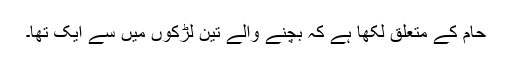
حام کے متعلق لکھا ہے کہ بچنے والے تین لڑکوں میں سے ایک تھا۔